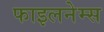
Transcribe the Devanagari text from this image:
फाइलनेम्स